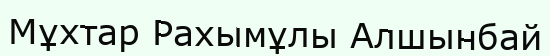
Мұхтар Рахымұлы Алшынбай